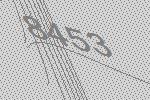
8453